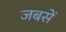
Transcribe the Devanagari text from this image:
जबसें